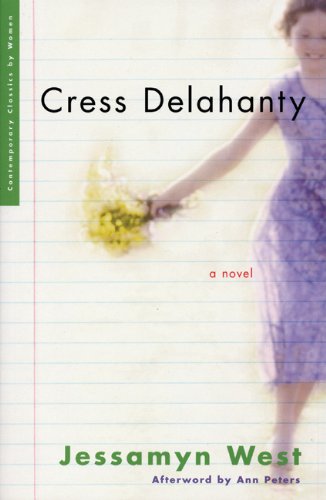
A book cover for Cress Delahanty (Contemporary Classics by Women); Jessamyn West; Teen & Young Adult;